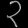
Digit: ၃